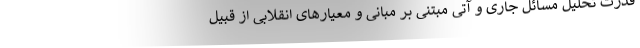
قدرت تحلیل مسائل جاری و آتی مبتنی بر مبانی و معیارهای انقلابی از قبیل